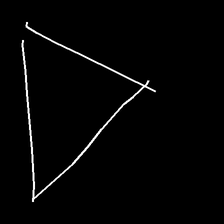
Glyph: convergence